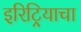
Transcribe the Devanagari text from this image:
इरिट्रियाचा